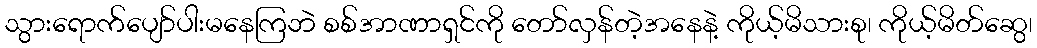
သွားရောက်ပျော်ပါးမနေကြဘဲ စစ်အာဏာရှင်ကို တော်လှန်တဲ့အနေနဲ့ ကိုယ့်မိသားစု၊ ကိုယ့်မိတ်ဆွေ၊